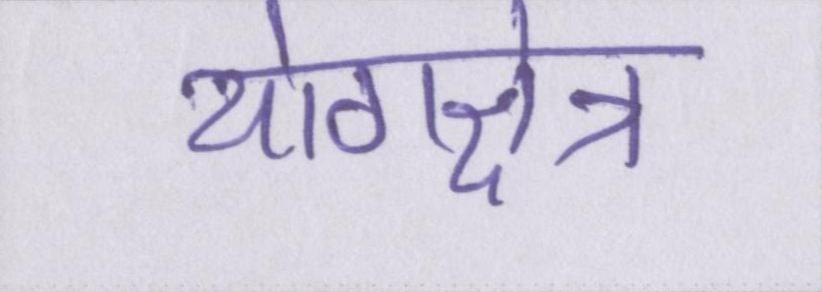
योगक्षेत्र